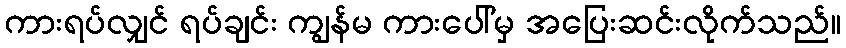
ကားရပ်လျှင် ရပ်ချင်း ကျွန်မ ကားပေါ်မှ အပြေးဆင်းလိုက်သည်။